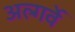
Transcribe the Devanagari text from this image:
अल्गर्वे